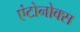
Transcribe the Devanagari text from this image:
एंटोनोक्स